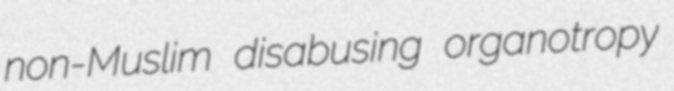
non-Muslim disabusing organotropy